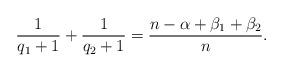
LaTeX: \begin{align*} \frac{1}{q_1+1}+\frac{1}{q_2+1}=\frac{n-\alpha+\beta_1+\beta_2}{n}.\end{align*}